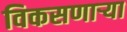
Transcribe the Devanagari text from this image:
विकसणाऱ्या